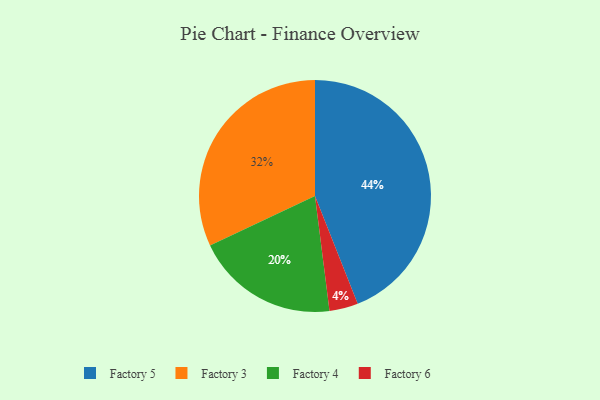
{"axis": {"x": "Category", "y": "Percentage"}, "legend": ["Factory 3", "Factory 4", "Factory 5", "Factory 6"], "data": [{"x": "Factory 4", "y": 20, "type": "Factory 4"}, {"x": "Factory 6", "y": 4, "type": "Factory 6"}, {"x": "Factory 3", "y": 32, "type": "Factory 3"}, {"x": "Factory 5", "y": 44, "type": "Factory 5"}]}